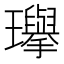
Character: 𪼰